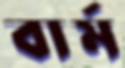
বার্ম